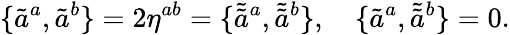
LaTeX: \{ \tilde{a}^{a},\tilde{a}^{b}\} =2\eta^{ab}=\{ \tilde{\tilde{a}}{}^{a},\tilde{\tilde{a}}{}^{b}\} ,\quad\{ \tilde{a}^{a},\tilde{\tilde{a}}{}^{b}\} =0.